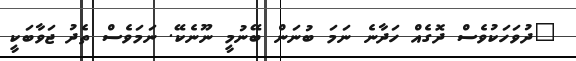
"ދުވަހަކުވެސް ދޮގެއް ހަދާނެ ނަމަ ބުނަން ބޭނުމީ ނޫނެކޭ. ނަމަވެސް ތެދު ޖަވާބަކީ